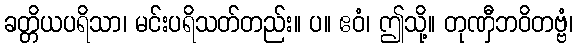
ခတ္တိယပရိသာ၊ မင်းပရိသတ်တည်း။ ပ။ ဧဝံ၊ ဤသို့။ တုဏှီဘဝိတဗ္ဗံ၊